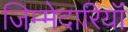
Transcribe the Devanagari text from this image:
जिम्मेदारियॉं